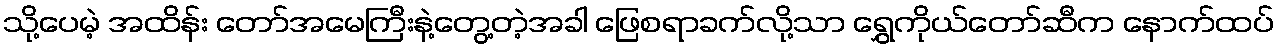
သို့ပေမဲ့ အထိန်း တော်အမေကြီးနဲ့တွေ့တဲ့အခါ ဖြေစရာခက်လို့သာ ရွှေကိုယ်တော်ဆီက နောက်ထပ်